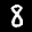
Label: 8